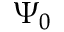
\Psi _ { 0 }